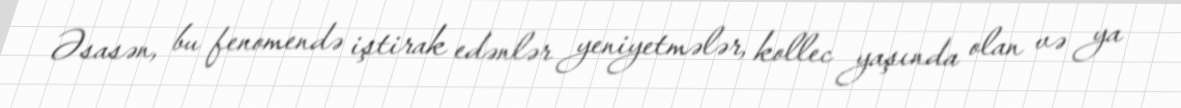
Əsasən, bu fenomendə iştirak edənlər yeniyetmələr, kollec yaşında olan və ya